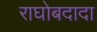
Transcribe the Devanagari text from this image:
राघोबदादा